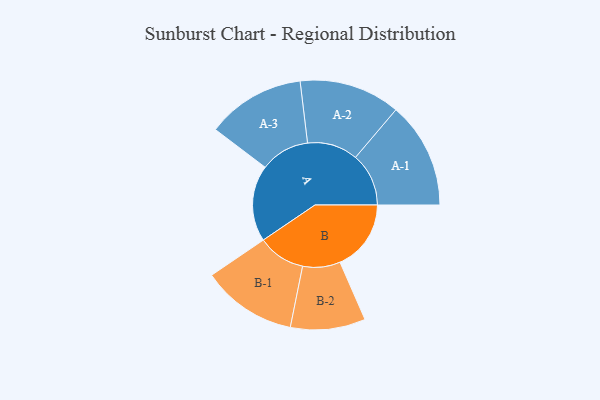
{"axis": {"x": "Segment", "y": "Value"}, "legend": ["", "A", "B"], "data": [{"x": "A", "y": 409, "type": ""}, {"x": "B", "y": 381, "type": ""}, {"x": "A-1", "y": 285, "type": "A"}, {"x": "A-2", "y": 271, "type": "A"}, {"x": "A-3", "y": 264, "type": "A"}, {"x": "B-1", "y": 255, "type": "B"}, {"x": "B-2", "y": 201, "type": "B"}]}